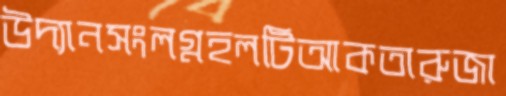
উদ্যানসংলগ্নহলটিআকতারুজা